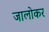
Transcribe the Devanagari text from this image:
जालोकर